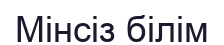
Мінсіз білім